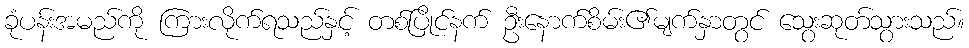
ခုံပန်းအမည်ကို ကြားလိုက်ရသည်နှင့် တစ်ပြိုင်နက် ဦးနောက်စိမ်း၏မျက်နှာတွင် သွေးဆုတ်သွားသည်။